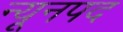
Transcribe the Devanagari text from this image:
न्यूनपद